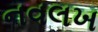
નવલખ